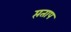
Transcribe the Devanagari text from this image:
प्तताप